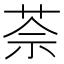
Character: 𦯬